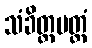
သံခိတ္တမတ္ထံ